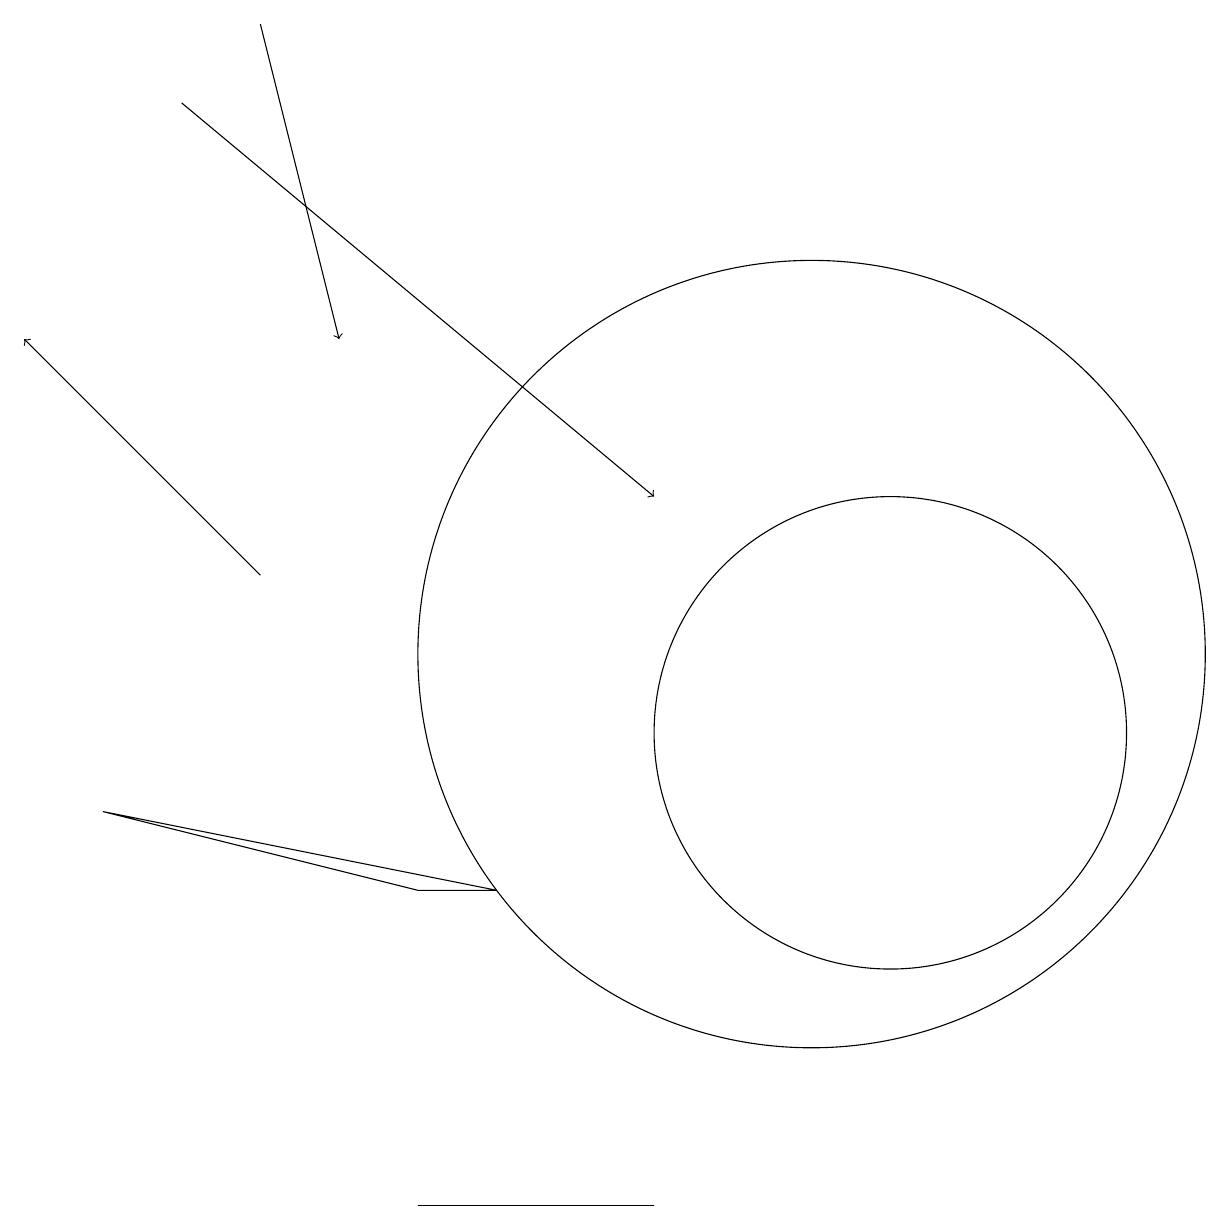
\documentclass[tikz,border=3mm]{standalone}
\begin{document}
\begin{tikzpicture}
\draw[->] (2,18) -- (8,13);
\draw[->] (3,12) -- (0,15);
\draw[->] (3,19) -- (4,15);
\draw (11,10) circle (3);
\draw (10,11) circle (5);
\draw (5,8) -- (1,9) -- (6,8) -- cycle;
\draw (6,4) -- (5,4) -- (8,4) -- cycle;
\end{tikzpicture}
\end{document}